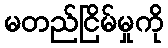
မတည်ငြိမ်မှုကို